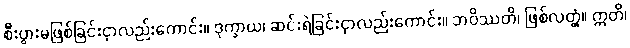
စီးပွားမဖြစ်ခြင်းငှာလည်းကောင်း။ ဒုက္ခာယ၊ ဆင်းရဲခြင်းငှာလည်းကောင်း။ ဘဝိဿတိ၊ ဖြစ်လတ္တံ့။ ဣတိ၊